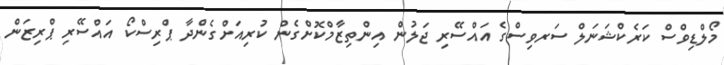
މޯލްޑިވްސް ކަރެކްޝަނަލް ސަރވިސްގެ އައްސޭރި ޖަލުން އިންތިޒާމްކޮށްގެން ކުރިއަށްގެންދާ ޕްރިސްކޯ އައްސޭރި ޕްރިޒަން